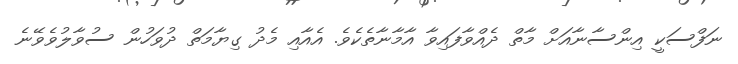
ނަފްސަކީ އިންސާނާއަށް މާތް ދެއްވާފައިވާ އާމާނާތެކެވެ. އެއާއި މެދު ގިޔާމަތް ދުވަހުން ސުވާލުވެވޭނެ